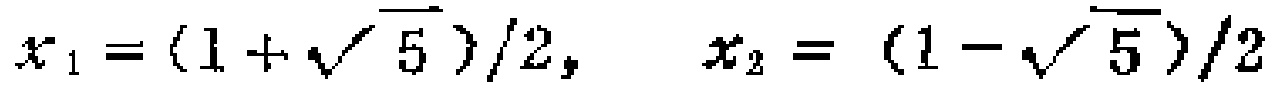
\(x_{1}=(1 + \sqrt{5})/2, \quad x_{2}=(1 - \sqrt{5})/2\)